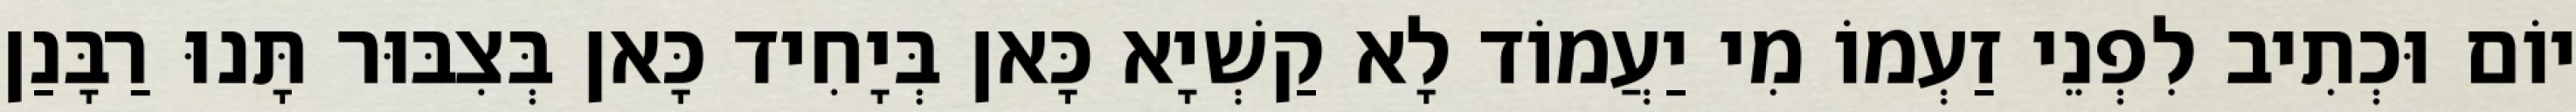
יוֹם וּכְתִיב לִפְנֵי זַעְמוֹ מִי יַעֲמוֹד לָא קַשְׁיָא כָּאן בְּיָחִיד כָּאן בְּצִבּוּר תָּנוּ רַבָּנַן